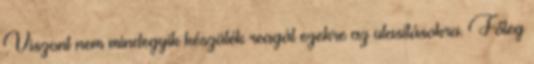
Viszont nem mindegyik készülék reagál ezekre az utasításokra. Főleg